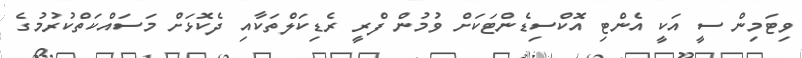
ވިޓަމިން ސީ އަކީ އެންޓި އޮކްސިޑެންޓަކަށް ވުމުން ފްރީ ރެޑިކަލްތަކާއި ދެކޮޅަށް މަސައްކަތްކުރުމުގެ